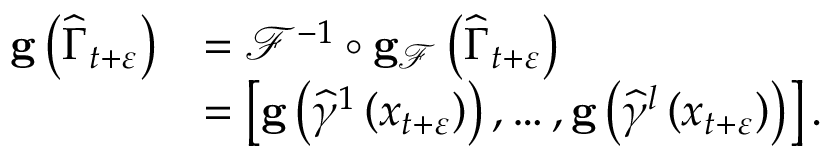
\begin{array} { r l } { \mathbf { g } \left( \widehat { \Gamma } _ { t + \varepsilon } \right) } & { = \mathcal { F } ^ { - 1 } \circ \mathbf { g } _ { \mathcal { F } } \left( \widehat { \Gamma } _ { t + \varepsilon } \right) } \\ & { = \left[ \mathbf { g } \left( \widehat { \gamma } ^ { 1 } \left( x _ { t + \varepsilon } \right) \right) , \ldots , \mathbf { g } \left( \widehat { \gamma } ^ { l } \left( x _ { t + \varepsilon } \right) \right) \right] . } \end{array}